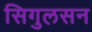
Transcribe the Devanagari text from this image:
सिगुलसन